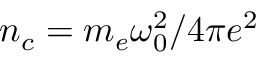
n _ { c } = m _ { e } \omega _ { 0 } ^ { 2 } / 4 \pi e ^ { 2 }